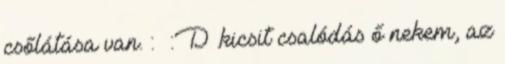
csőlátása van. : :D .kicsit csalódás ő nekem, az